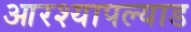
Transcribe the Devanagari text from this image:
आरश्यापल्याड